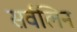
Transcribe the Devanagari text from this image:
सर्वलिन